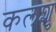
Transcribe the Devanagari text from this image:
कलशु